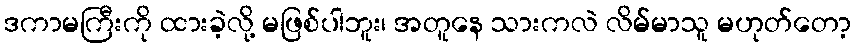
ဒကာမကြီးကို ထားခဲ့လို့ မဖြစ်ပါဘူး၊ အတူနေ သားကလဲ လိမ်မာသူ မဟုတ်တော့